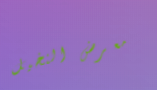
معرض النخيل